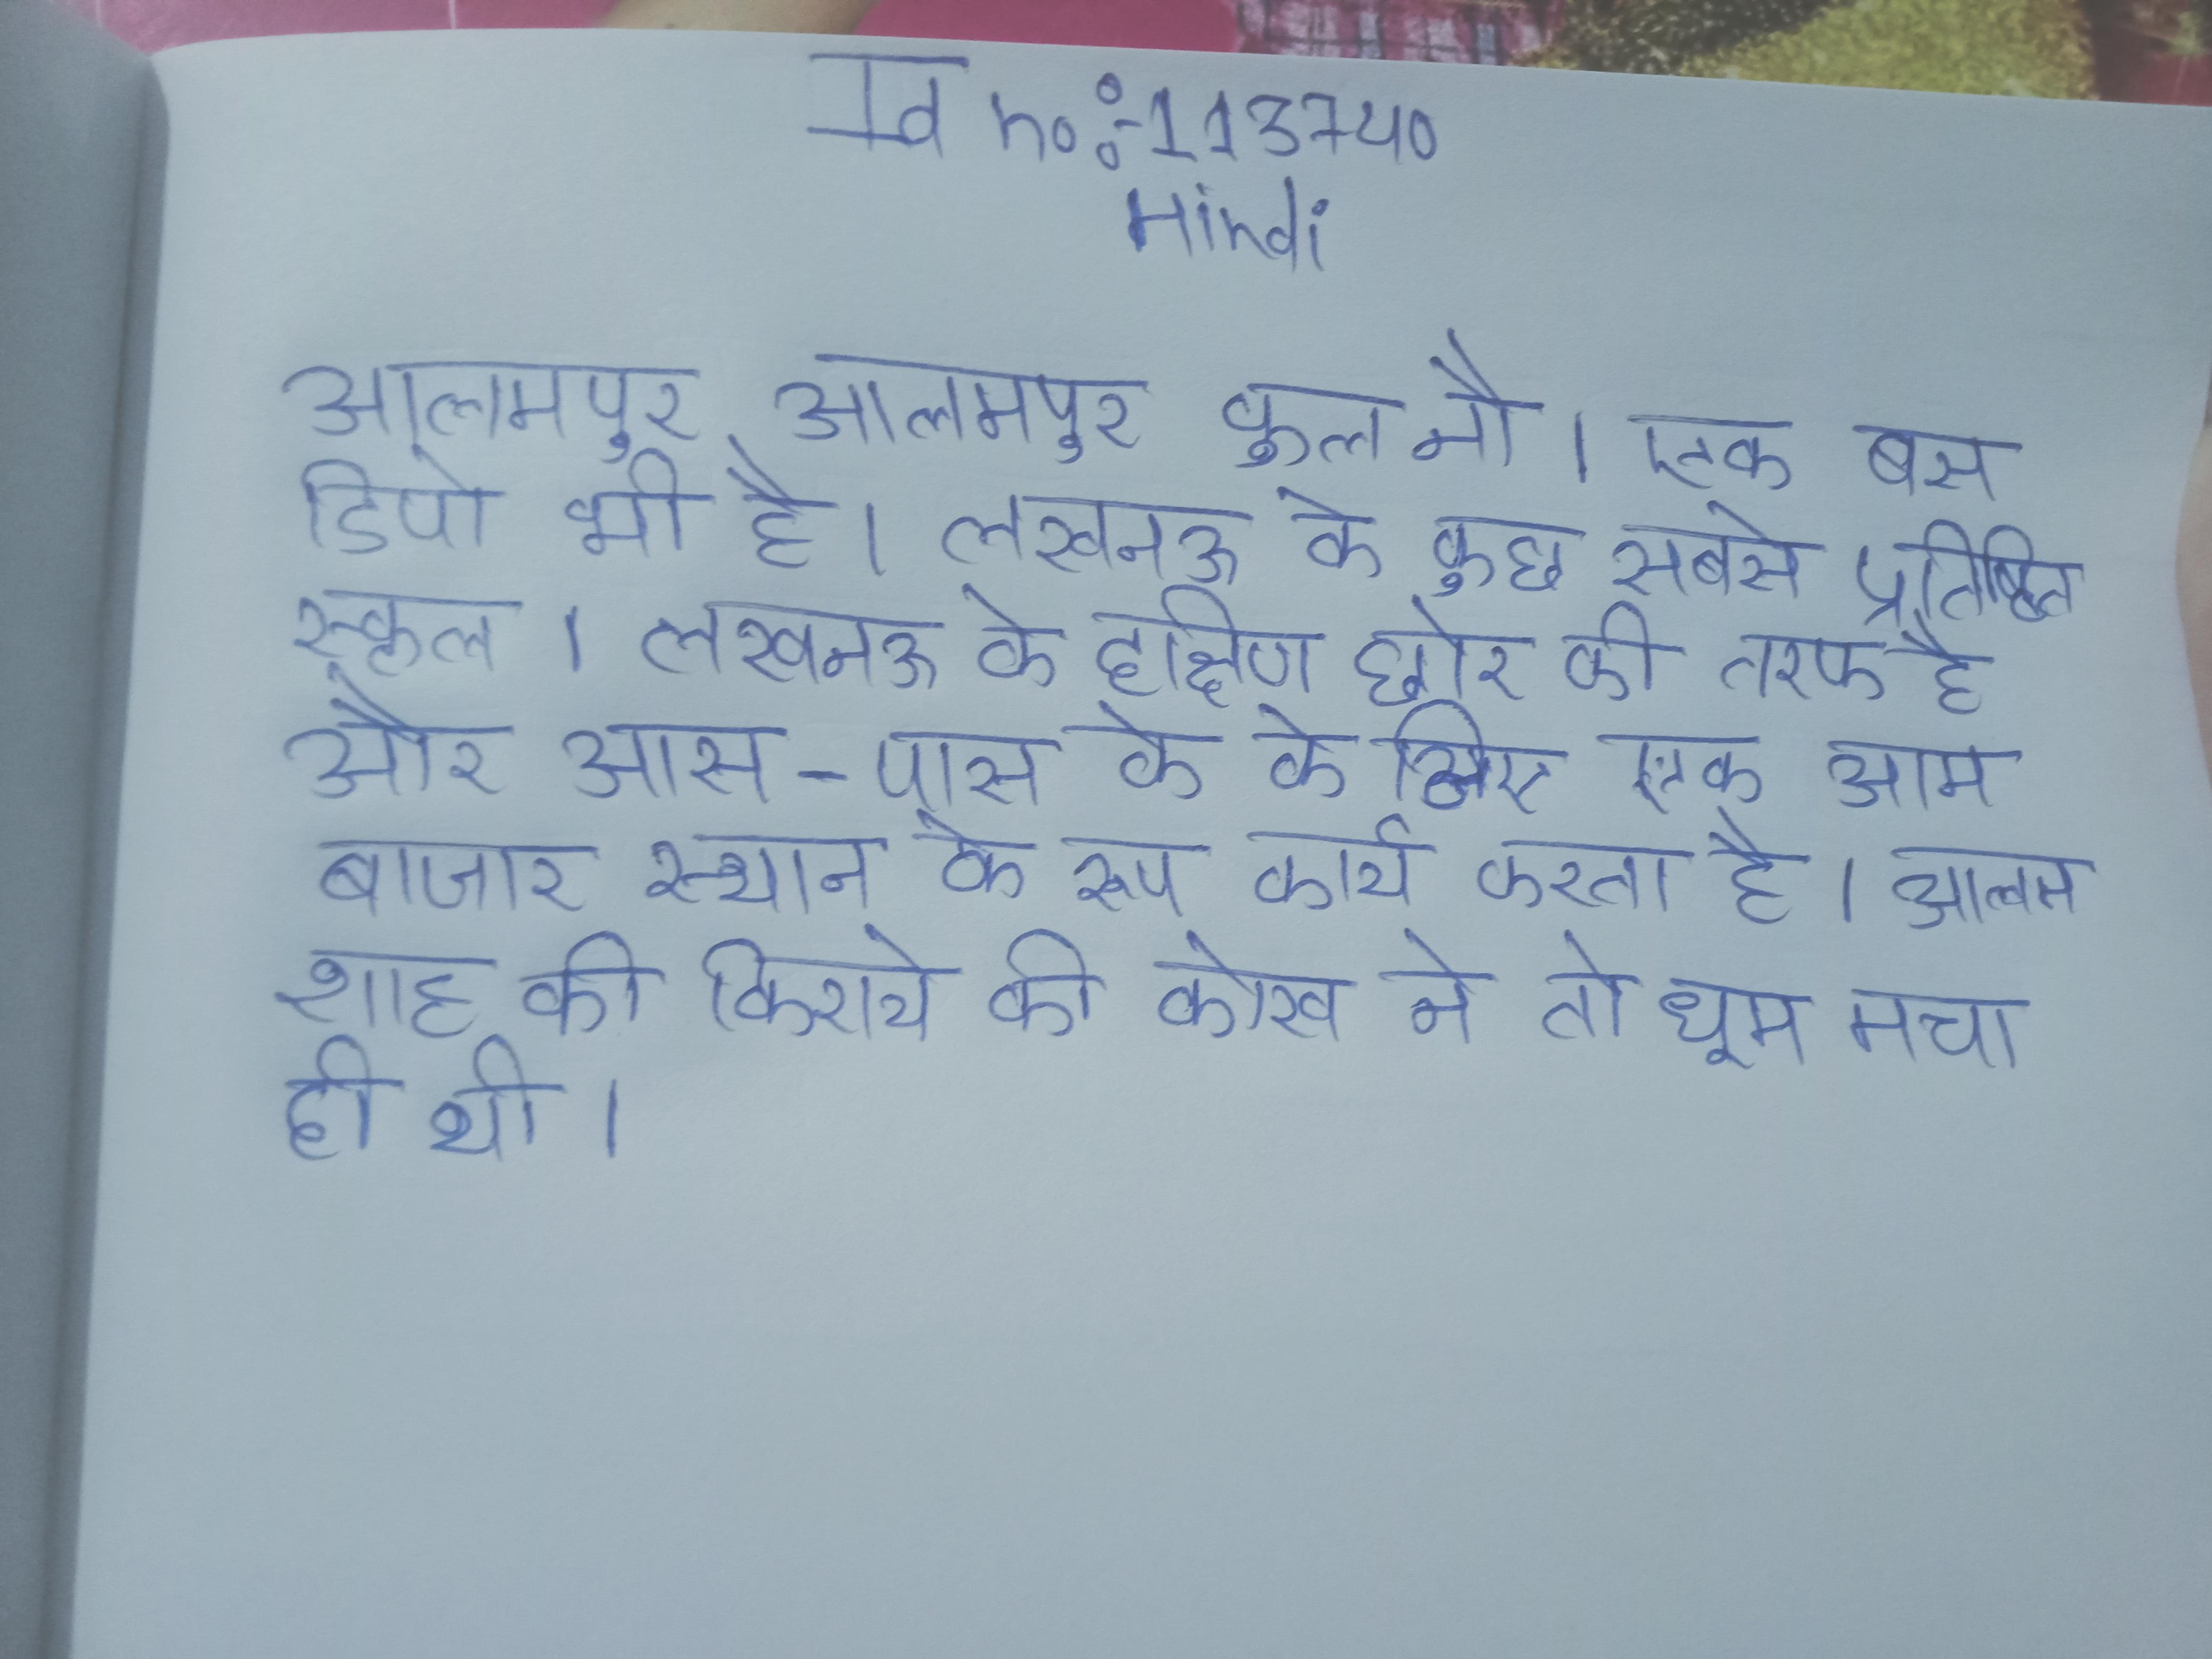
आलमपुर आलमपुर कुल नौ । एक बस डिपो भी है । लखनऊ के कुछ सबसे प्रतिष्ठित स्कूल । लखनऊ के दक्षिण छोर की तरफ है और आस-पास के के लिए एक आम बाजार स्थान के रूप कार्य करता है । आलम शाह की किराये की कोख ने तो धूम मचा दी थी ।